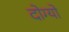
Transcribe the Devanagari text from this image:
दोग्यो